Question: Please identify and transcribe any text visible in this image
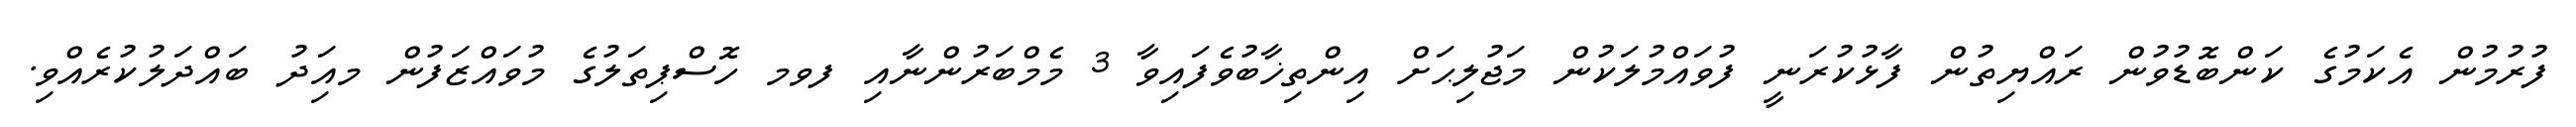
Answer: ފުރުމުން އެކަމުގެ ކަންބޮޑުވުން ރައްޔިތުން ފާޅުކުރަނީ ފުވައްމުލަކުން މަޖުލިޙަށް އިންތިޚާބުވެފައިވާ 3 މެމްބަރުންނާއި ފވމ ހޮސްޕިތަލުގެ މުވައްޒަފުން މއިަދު ބައްދަލުކުރެއްވި.